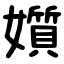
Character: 㜱